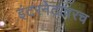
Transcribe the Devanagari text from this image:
इंटरनेटावरच